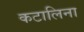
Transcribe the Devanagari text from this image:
कटालिना